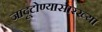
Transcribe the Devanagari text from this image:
जादूटोण्यासारख्या